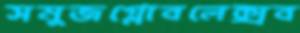
সমুজগ্লোবলেক্সব